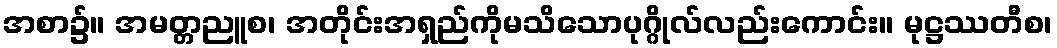
အစာ၌။ အမတ္တညူစ၊ အတိုင်းအရှည်ကိုမသိသောပုဂ္ဂိုလ်လည်းကောင်း။ မုဋ္ဌဿတီစ၊